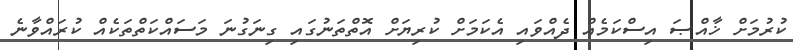
ކުރުމަށް ޚާއްޞަ އިސްކަމެއް ދެއްވައި އެކަމަށް ކުރިޔަށް އޮތްތަނުގައި ގިނަގުނަ މަސައްކަތްތަކެއް ކުރައްވާނެ